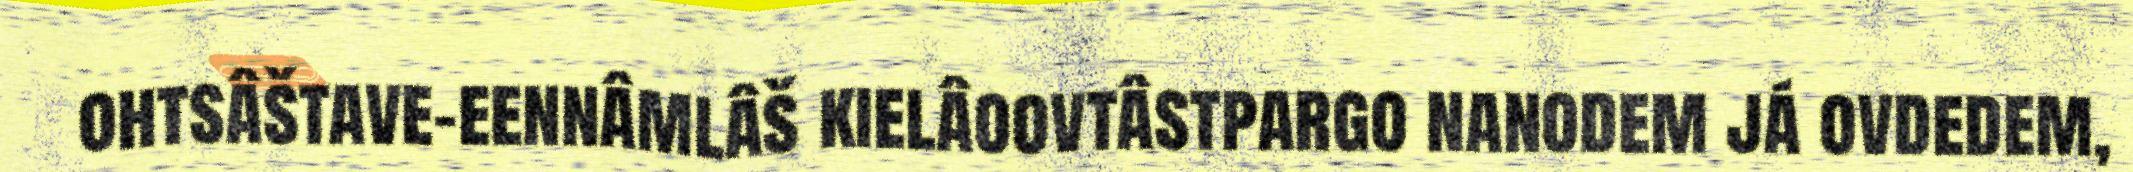
ohtsâštave-eennâmlâš kielâoovtâstpargo nanodem já ovdedem,